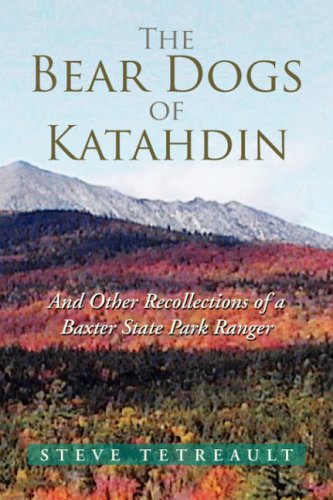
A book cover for The Bear Dogs of Katahdin: And Other Recollections of a Baxter State Park Ranger; Steve Tetreault; Humor & Entertainment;